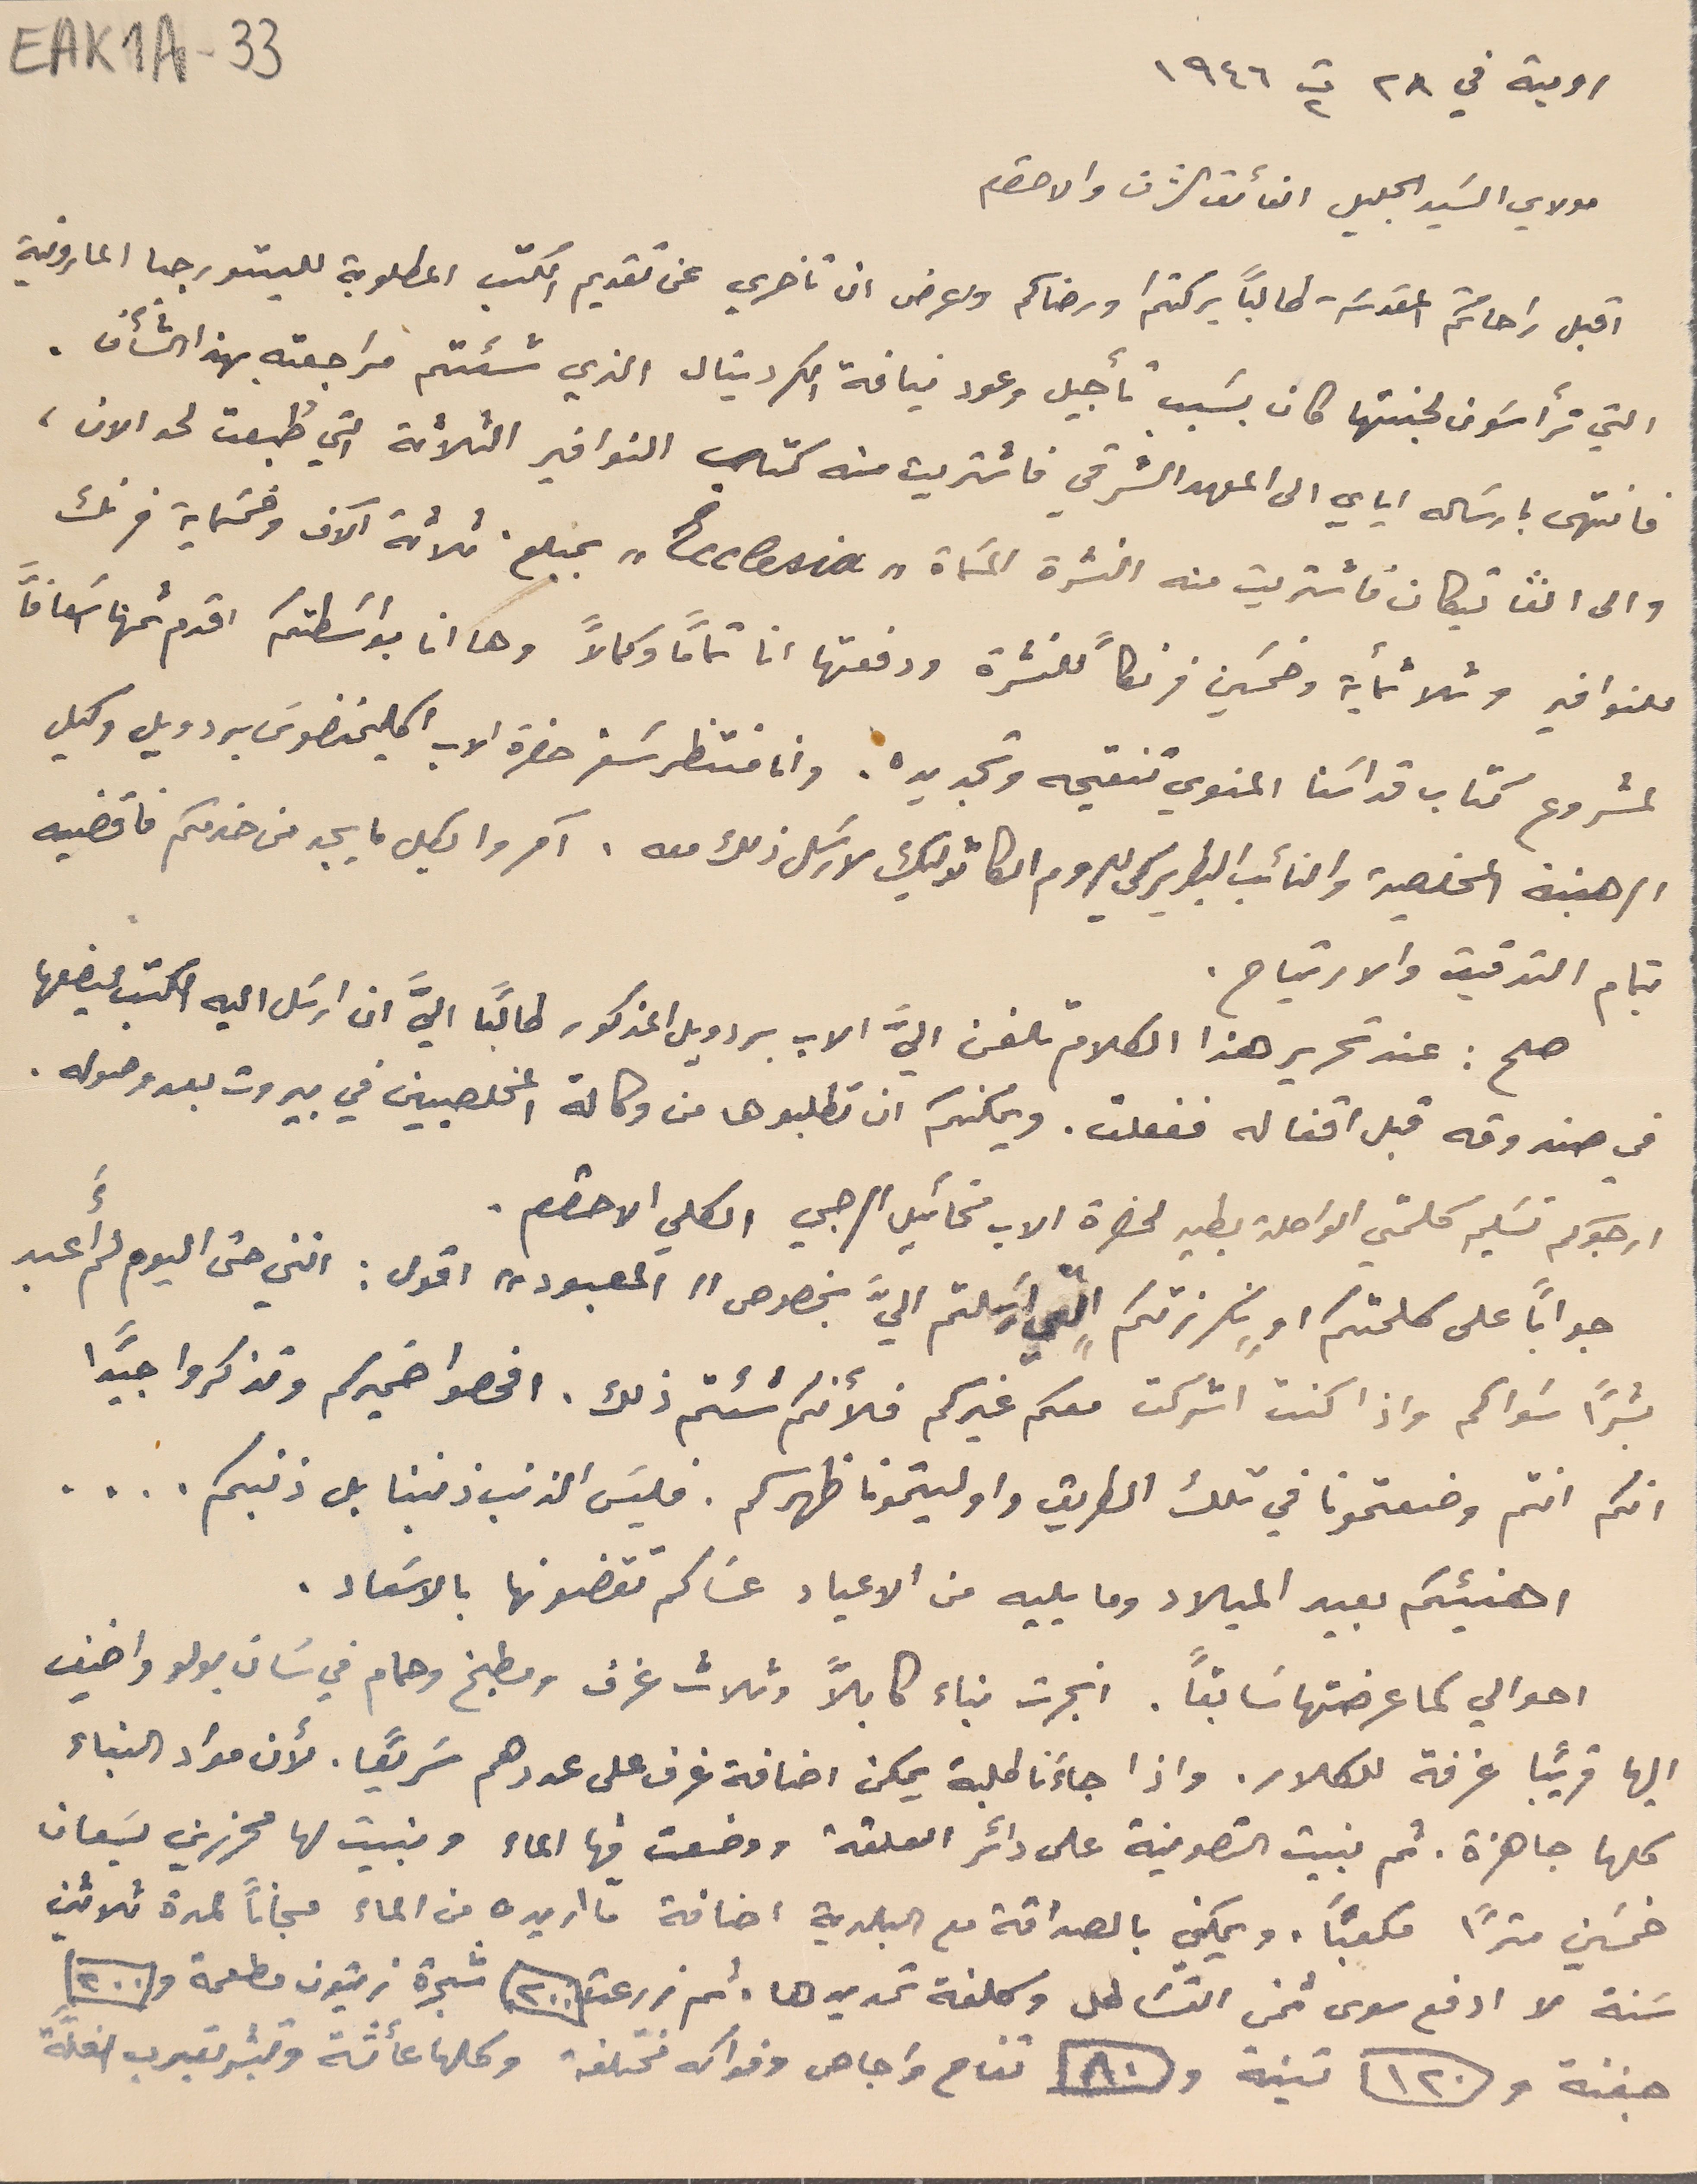
رومية في ٢٨ ت٢ ١٩٤٦
مولاي السَيد الجليل الفائق الشرف والاحترام
اقبل راحاتكم المقدسَة طالبًا بركتكم ورضاكم واعرض ان تاخري عن تقديم الكتب المطلوبة لليتورجيا المارونية
التي ترأسَون لجنتها كان بسَبب تأجيل وعود نيافة الكردينال الذي شئتم مراجعته بهذا الشأن.
فانتهى بارسَاله اياي الى المعهد الشرقي فاشتريت منه كتاب النوافير الثلاثة التي طُبعت لحد الان،
 والى الڨاتيكان فأشتريت منه النشرة المسَماة "Ecclesia" بمبلغ ثلاثة آلاف وخمسَماية فرنك
للنوافير وثلاثمأية وخمسَين فرنكاً للنشرة ودفعتها انا تمامًا وكمالاً وها انا بواسَطتكم اقدم ثمنها اسَعافاً
لمشروع كتاب قداسَنا المنوي تنقيحه وتجديده. وانا منتظر سَفر حضرة الاب اكليمنضوسَ بردويل وكيل
الرهبنة المخلصية والنائب البطريركي للروم الكاثوليك لارسَل ذلك معه. آمروا بكل ما يجد من خدمكم فاقضيه
بتمام التدقيق والارتياح.
صح : عند تحرير هذا الكلام تلفن اليَّ الاب بردويل المذكور طالبًا اليَّ ان ارسَل اليه الكتب ليضعها
في صندوقه قبل اقفاله ففعلت. ويمكنكم ان تطلبوها من وكالة المخلصيين في بيروت بعد وصوله.
ارجوكم تسَليم كلمتي الواصلة بطيه لحضرة الاب مخائيل الرجي الكلي الاحترام.
جواباً على كلمتكم او "نكرزتكم" التي ارسَلتم اليَّ بخصوص "المعبود" اقول : انني حتى اليوم لم أَعبد
بشرًا سَواكم واذا كنت اشركت معكم غيركم فلأنكم شئتم ذلك. افحصوا ضميركم وتذكروا جيدًا
انكم انتم وضعتمونا في تلك الطريق واوليتمونا ظهركم. فليسَ الذنب ذنبنا بل ذنبكم . . . .
اهنيئكم بعيد الميلاد وما يليه من الاعياد عسَاكم تقضونها بالاسَعاد.
احوالي كما عرضتها سَابقًا. انجرت بناء كابلاً وثلاث غرف ومطبخ وحمام في سَان بولو واضيف
اليها قريبًا غرفة للكلار. واذا جاءَنا طلبة يمكن اضافة غرف على عددهم سَريعًا. لأن مؤاد البناء
خمسَين مترًا مكعبًا، ويمكني بالصداقة مع البلدية اضافة ما اريده من الماء مجاناً لمدة ثلاثين
سَنة لا ادفع سوى ثمن القسَاطل وكلفة تمديدها . ثم زرعت ٢٠٠ شجرة زيتون مطعمة و ٢٠٠
جفنة و١٢٠ تينة و٨٠ تفاح واجاص وفواكه مختلفة وكلها عأشة وتبشر بقرب الغلَّة
EAK1A-33
كلها جاهزة. ثم بنيت التصوينة على دائر العلقة ووضعت فيها الماء وبنيت لها محرزين يسَعان